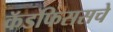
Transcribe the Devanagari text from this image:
कॅडफिससचे